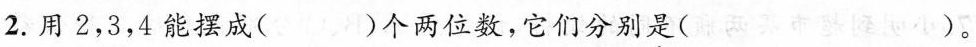
2.用2，3，4能摆成( )个两位数，它们分别是()。